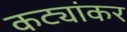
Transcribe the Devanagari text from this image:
कट्यांकर